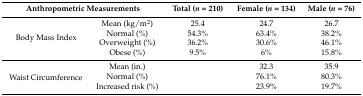
| <COLSPAN=2> Anthropometric Measurements | Total (n = 210) | Female (n = 134) | Male (n = 76) |
 | --- | --- | --- | --- | --- |
 | <ROWSPAN=4> Body Mass Index | Mean (kg/m2) | 25.4 | 24.7 | 26.7 |
 | Normal (%) | 54.3% | 63.4% | 38.2% |
 | Overweight (%) | 36.2% | 30.6% | 46.1% |
 | Obese (%) | 9.5% | 6% | 15.8% |
 | <ROWSPAN=3> Waist Circumference | Mean (in.) |  | 32.3 | 35.9 |
 | Normal (%) |  | 76.1% | 80.3% |
 | Increased risk (%) |  | 23.9% | 19.7% |